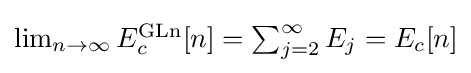
{\textstyle \lim _{n\rightarrow \infty }E_{c}^{\text{GLn}}[n]=\sum _{j=2}^{\infty }E_{j}=E_{c}[n]}